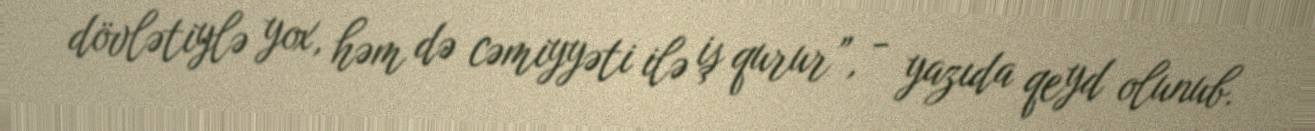
dövlətiylə yox, həm də cəmiyyəti ilə iş qurur”, - yazıda qeyd olunub.